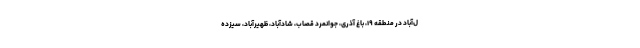
ل‌آباد در منطقه ۱۹، باغ آذری، جوانمرد قصاب، شادآباد، ظهیرآباد، سیزده